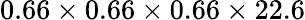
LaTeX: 0.66\times 0.66\times 0.66\times 22.6